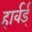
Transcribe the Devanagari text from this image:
हार्वर्ड्